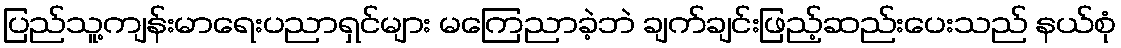
ပြည်သူ့ကျန်းမာရေးပညာရှင်များ မကြေညာခဲ့ဘဲ ချက်ချင်းဖြည့်ဆည်းပေးသည် နယ်စုံ